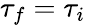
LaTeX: \tau_{f}=\tau_{i}